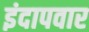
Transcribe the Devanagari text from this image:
इंदापवार